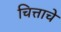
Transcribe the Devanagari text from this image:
चित्ताचे